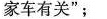
家车有关”；